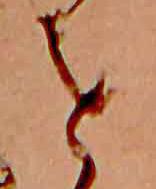
を